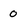
Character: 0